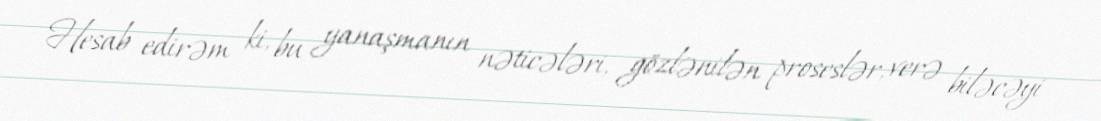
Hesab edirəm ki, bu yanaşmanın nəticələri, gözlənilən proseslər, verə biləcəyi